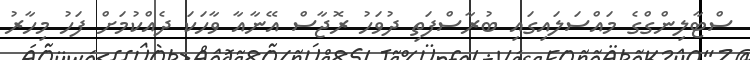
ސްޓާލިންގްގެ މައްސަލައިގައި ބުރާސްފަތި ދުވަހު ރޮޖާސް އޭނާއާ ވާހަކަ ދެއްކުމަށް ފަހު މިހާރު